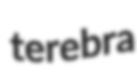
terebra